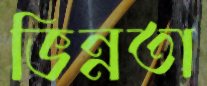
ভিন্নতা